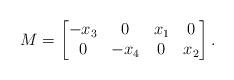
LaTeX: \begin{align*} M & = \begin{bmatrix} -x_3 & 0 & x_1 & 0 \\ 0 & -x_4 & 0 & x_2 \end{bmatrix}. \end{align*}